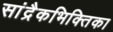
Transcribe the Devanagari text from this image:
सांद्रैकभिक्तिका